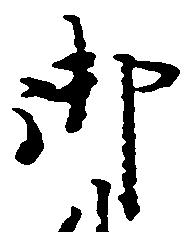
御